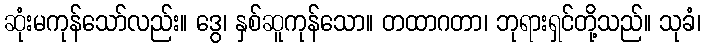
ဆုံးမကုန်သော်လည်း။ ဒွေ၊ နှစ်ဆူကုန်သော။ တထာဂတာ၊ ဘုရားရှင်တို့သည်။ သုခံ၊